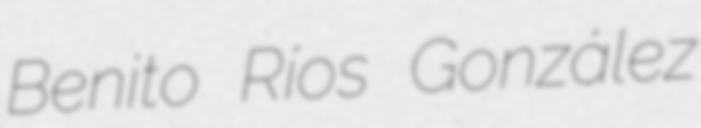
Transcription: Benito Ríos González